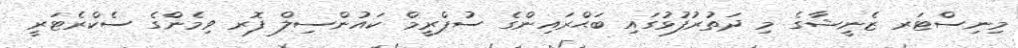
މިނިސްޓަރ ޒެނީޝާގެ މި ދަތުރުފުޅުގައި ބަޙްރައިންގެ ސުޕްރީމް ކައުންސިލް ފޮރ ވިމެންގެ ސެކްރެޓަރީ